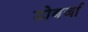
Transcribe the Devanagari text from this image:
डोबर्जा